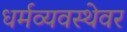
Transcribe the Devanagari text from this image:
धर्मव्यवस्थेवर